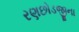
રણછોડજીના